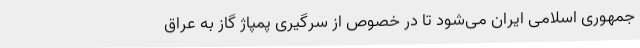
جمهوری اسلامی ایران می‌شود تا در خصوص از سرگیری پمپاژ گاز به عراق